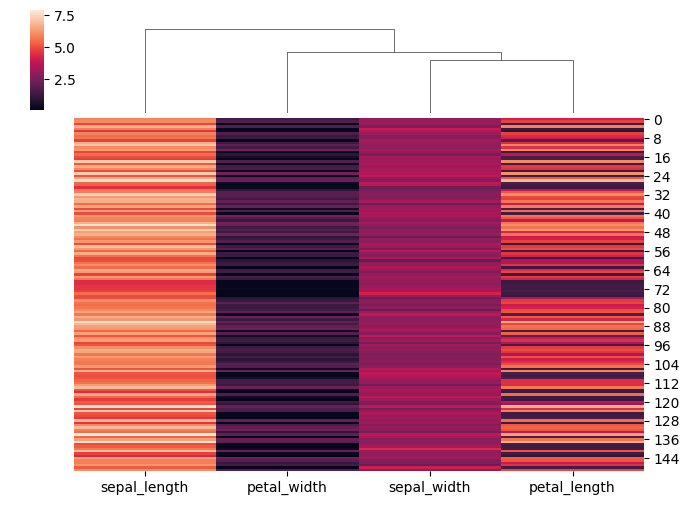
python, seaborn, clustermap, figsize=(7, 5), row_cluster=False, dendrogram_ratio=(0.1, 0.2), cbar_pos=(0.05, 0.8, 0.02, 0.2)